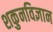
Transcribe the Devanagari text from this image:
शकुनविज्ञान